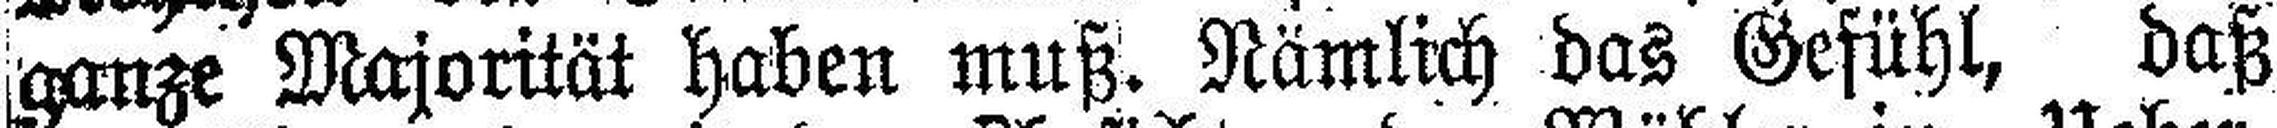
ganze Majorität haben muß. Nämlich das Gefühl, daß